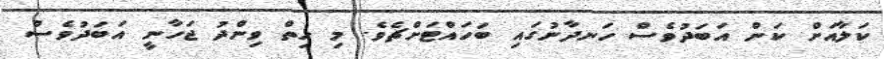
ކަލާއަށް ކަން އަބަދުވެސް ހަނދާނުގައި ބަހައްޓަށްޗެވެ. މި ހިތް ވިންދު ޖަހާނީ އަބަދުވެސް